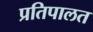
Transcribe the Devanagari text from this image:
प्रतिपालत